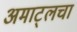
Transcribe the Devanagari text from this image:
अमाट्लचा